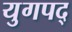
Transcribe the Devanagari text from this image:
युगपद्